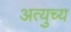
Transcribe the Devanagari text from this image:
अत्युच्य